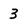
Character: 3